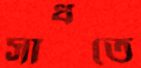
সাধতে